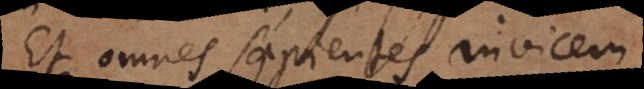
Et omnes sapientes invicem